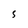
Character: 5